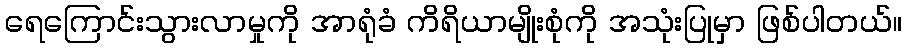
ရေကြောင်းသွားလာမှုကို အာရုံခံ ကိရိယာမျိုးစုံကို အသုံးပြုမှာ ဖြစ်ပါတယ်။